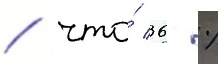
/ что́ 36 %